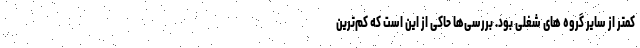
کمتر از سایر گروه های شغلی بود. بررسی‌ها حاکی از این است که کم‌ترین